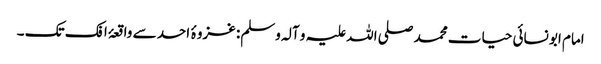
امام ابو نسائی حیات محمد صلی اللہ علیہ و آلہ وسلم: غزوۂ احد سے واقعۂ افک تک ۔